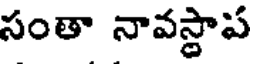
సంతా నావస్థాప